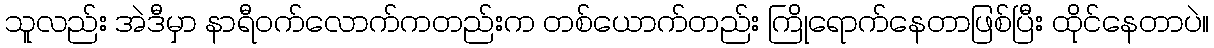
သူလည်း အဲဒီမှာ နာရီဝက်လောက်ကတည်းက တစ်ယောက်တည်း ကြိုရောက်နေတာဖြစ်ပြီး ထိုင်နေတာပဲ။